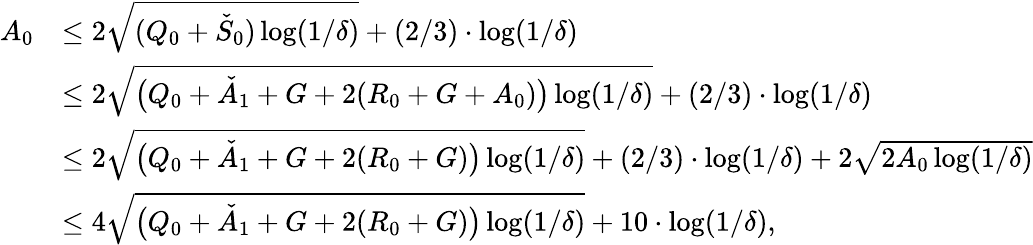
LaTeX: \begin{array}{rl}{A_{0}}&{\le 2\sqrt{(Q_{0}+\check{S}_{0})\log(1/\delta)}+(2/3)\cdot\log(1/\delta)}\\ &{\le 2\sqrt{\big(Q_{0}+\check{A}_{1}+G+2(R_{0}+G+A_{0})\big)\log(1/\delta)}+(2/3)\cdot\log(1/\delta)}\\ &{\le 2\sqrt{\big(Q_{0}+\check{A}_{1}+G+2(R_{0}+G)\big)\log(1/\delta)}+(2/3)\cdot\log(1/\delta)+2\sqrt{2A_{0}\log(1/\delta)}}\\ &{\le 4\sqrt{\big(Q_{0}+\check{A}_{1}+G+2(R_{0}+G)\big)\log(1/\delta)}+10\cdot\log(1/\delta),}\end{array}